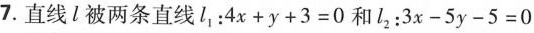
7.直线l被两条直线l_{1}：$$4x+y+3=0$$和l_{2}：$$3x-5y-5=0$$